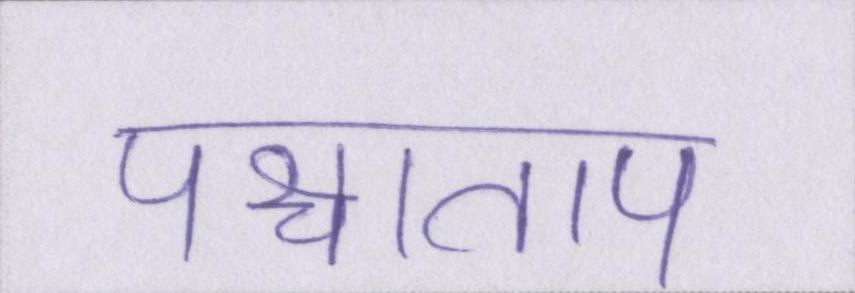
पश्चाताप